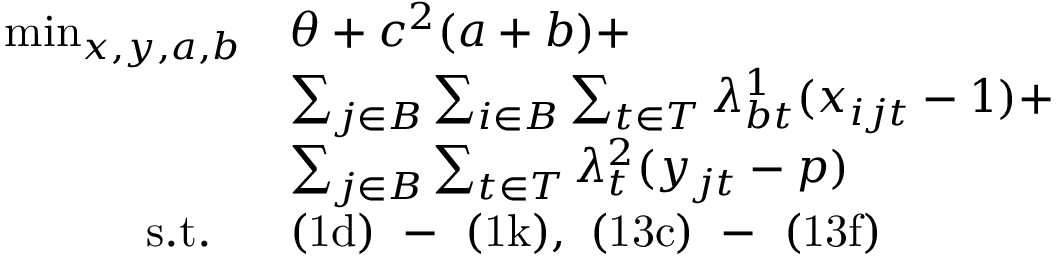
\begin{array} { r l } { \operatorname* { m i n } _ { x , y , a , b } } & { \theta + { c } ^ { 2 } ( a + b ) + } \\ & { \sum _ { j \in B } \sum _ { i \in B } \sum _ { t \in T } \lambda _ { b t } ^ { 1 } ( x _ { i j t } - 1 ) + } \\ & { \sum _ { j \in B } \sum _ { t \in T } \lambda _ { t } ^ { 2 } ( y _ { j t } - p ) } \\ { \mathrm { s . t . ~ } \ } & { \mathrm { ( 1 d ) ~ - ~ ( 1 k ) , ~ ( 1 3 c ) ~ - ~ ( 1 3 f ) } } \end{array}